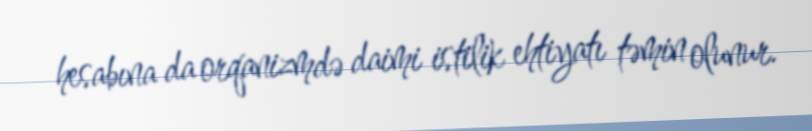
hesabına da orqanizmdə daimi istilik ehtiyatı təmin olunur.